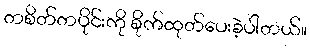
တစိတ်တပိုင်းကို စိုက်ထုတ်ပေးခဲ့ပါတယ်။